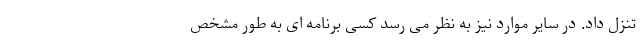
تنزل داد. در سایر موارد نیز به نظر می رسد کسی برنامه ای به طور مشخص